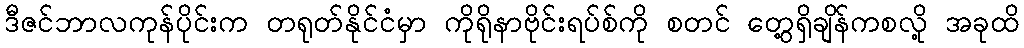
ဒီဇင်ဘာလကုန်ပိုင်းက တရုတ်နိုင်ငံမှာ ကိုရိုနာဗိုင်းရပ်စ်ကို စတင် တွေ့ရှိချိန်ကစလို့ အခုထိ